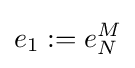
e_{1}:=e_{N}^{M}